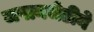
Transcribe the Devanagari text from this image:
जपानभेटीने